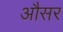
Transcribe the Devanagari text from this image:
औसर